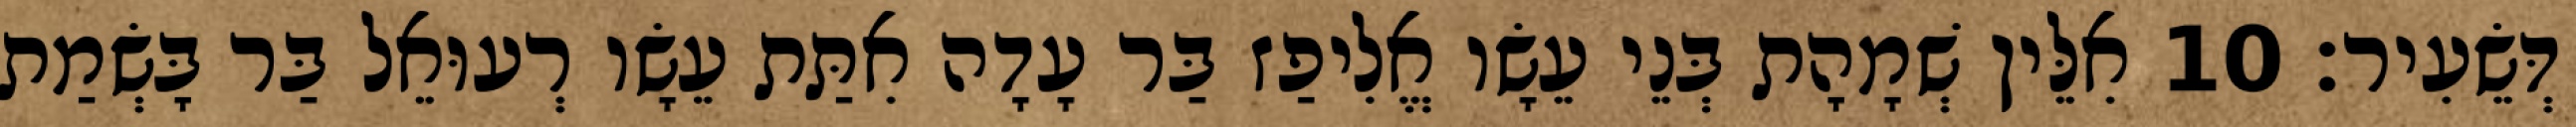
דְּשֵׂעִיר׃ 10 אִלֵּין שְׁמָהָת בְּנֵי עֵשָׂו אֱלִיפַז בַּר עָדָה אִתַּת עֵשָׂו רְעוּאֵל בַּר בָּשְׂמַת